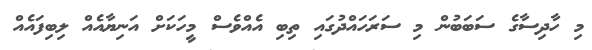
މި ހާދިސާގެ ސަބަބުން މި ސަރަހައްދުގައި ތިބި އެއްވެސް މީހަކަށް އަނިޔާއެއް ލިބިފައެއް